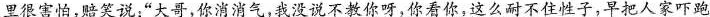
里很害怕，赔笑说：”大哥，你消消气，我没说不教你呀，你看你，这么耐不住性子，早把人家吓跑